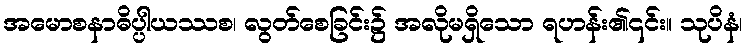
အမောစနာဓိပ္ပါယဿစ၊ လွတ်စေခြင်း၌ အလိုမရှိသော ရဟန်း၏၎င်း။ သုပိနံ၊